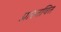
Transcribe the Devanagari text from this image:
प्रास्तवित